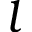
l